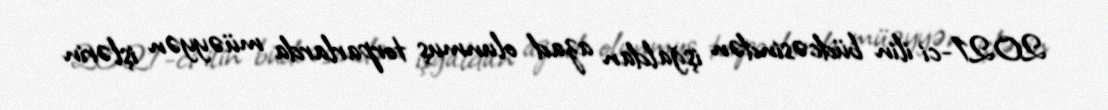
2021-ci ilin büdcəsindən işğaldan azad olunmuş torparlarda müəyyən işlərin